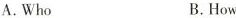
A. Who B. How